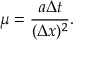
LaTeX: \mu = { \frac { a \Delta t } { ( \Delta x ) ^ { 2 } } } .